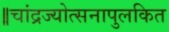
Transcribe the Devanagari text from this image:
॥चांद्रज्योत्सनापुलकित